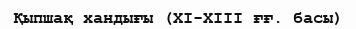
Қыпшақ хандығы (XI-XIII ғғ. басы)